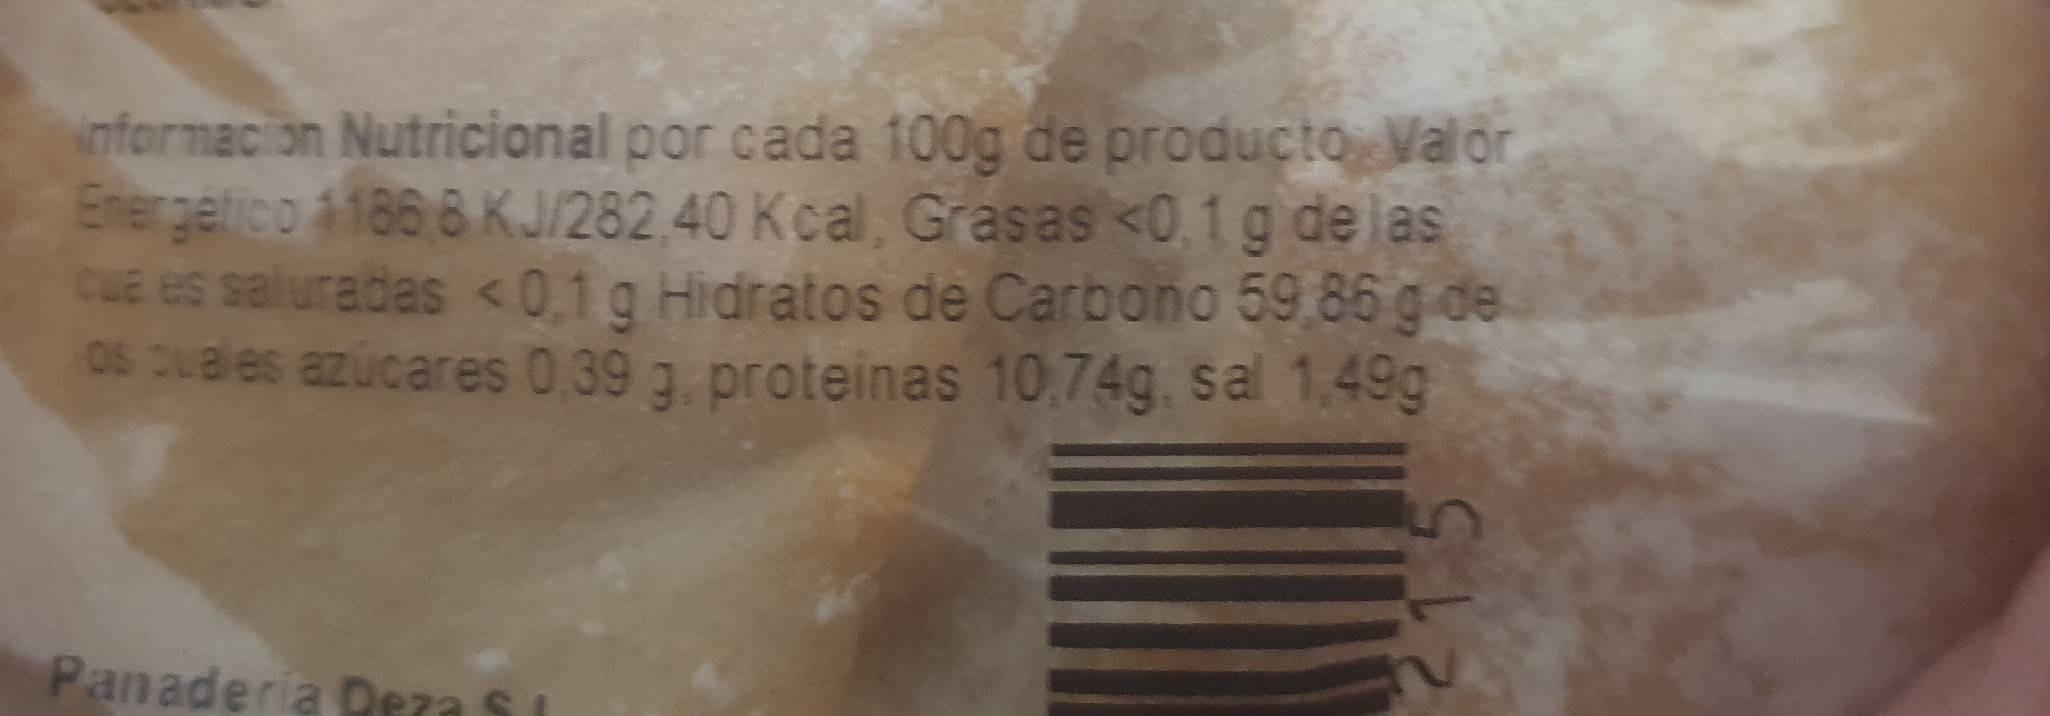
nfornacion Nutricional por cada 100g de producto Valor Ener gefico A186 6 KJ/282,40 Kcal, Grasas <0,1g delas cuE es saluradas <0,1g Hidratos de Carbono 59,86 g de os uales azúcares 0,39 3. proteinas 10.74g. sal 1,49g
Panaderia Deza SI
15